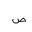
Letter: _sad